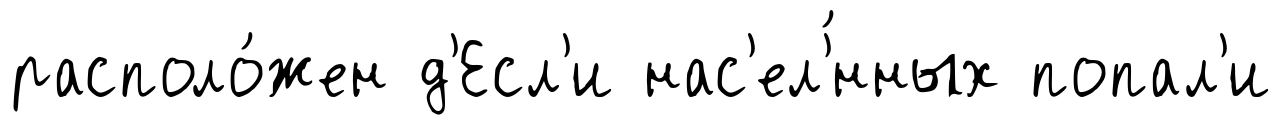
располо́жен д'Есл'и нас'ел'́нных попал'и